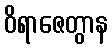
ဝိရာဇေတွာန